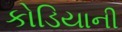
કોડિયાની